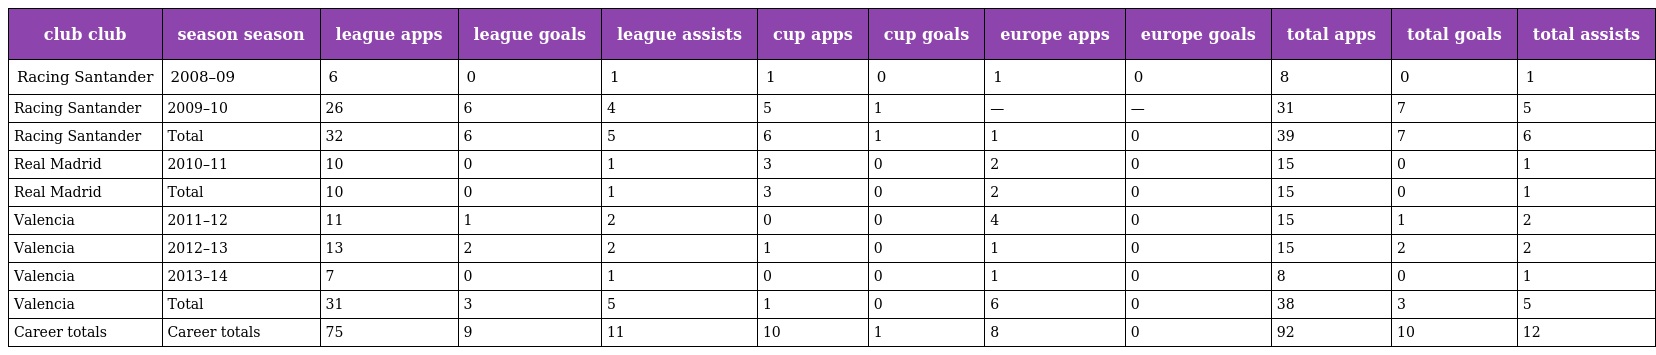
| club club | season season | league apps | league goals | league assists | cup apps | cup goals | europe apps | europe goals | total apps | total goals | total assists |
 | --- | --- | --- | --- | --- | --- | --- | --- | --- | --- | --- | --- |
 | Racing Santander | 2008–09 | 6 | 0 | 1 | 1 | 0 | 1 | 0 | 8 | 0 | 1 |
 | Racing Santander | 2009–10 | 26 | 6 | 4 | 5 | 1 | — | — | 31 | 7 | 5 |
 | Racing Santander | Total | 32 | 6 | 5 | 6 | 1 | 1 | 0 | 39 | 7 | 6 |
 | Real Madrid | 2010–11 | 10 | 0 | 1 | 3 | 0 | 2 | 0 | 15 | 0 | 1 |
 | Real Madrid | Total | 10 | 0 | 1 | 3 | 0 | 2 | 0 | 15 | 0 | 1 |
 | Valencia | 2011–12 | 11 | 1 | 2 | 0 | 0 | 4 | 0 | 15 | 1 | 2 |
 | Valencia | 2012–13 | 13 | 2 | 2 | 1 | 0 | 1 | 0 | 15 | 2 | 2 |
 | Valencia | 2013–14 | 7 | 0 | 1 | 0 | 0 | 1 | 0 | 8 | 0 | 1 |
 | Valencia | Total | 31 | 3 | 5 | 1 | 0 | 6 | 0 | 38 | 3 | 5 |
 | Career totals | Career totals | 75 | 9 | 11 | 10 | 1 | 8 | 0 | 92 | 10 | 12 |